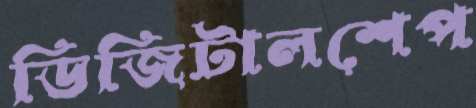
ডিজিটালশেপ